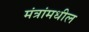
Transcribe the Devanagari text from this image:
मंत्रांमधील